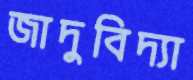
জাদুবিদ্যা